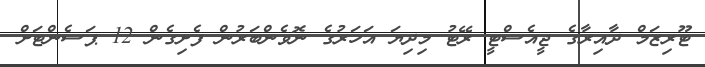
ޓޫރިޒަމް ދާއިރާގެ ޖީއެސްޓީ ރޭޓު މިދިޔަ އަހަރުގެ ނޮވެންބަރުން ފެށިގެން 12 ޕަސެންޓަށް